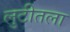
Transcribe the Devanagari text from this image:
लुटीतला